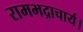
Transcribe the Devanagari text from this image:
रामभद्राचार्य।